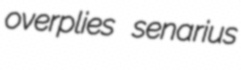
overplies senarius